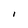
Character: l